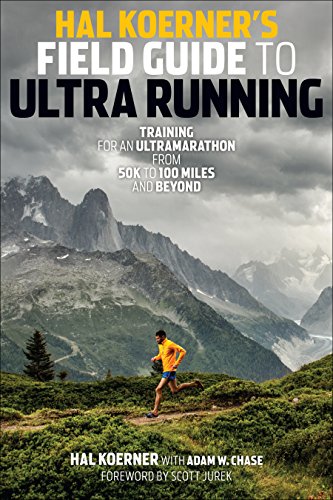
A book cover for Hal Koerner's Field Guide to Ultrarunning: Training for an Ultramarathon, from 50K to 100 Miles and Beyond; Hal Koerner; Health, Fitness & Dieting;